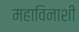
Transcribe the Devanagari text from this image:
महाविनाशी